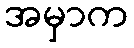
အမှာက